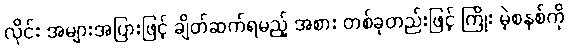
လိုင်း အများအပြားဖြင့် ချိတ်ဆက်ရမည့် အစား တစ်ခုတည်းဖြင့် ကြိုး မဲ့စနစ်ကို